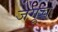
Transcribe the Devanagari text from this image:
जगूच